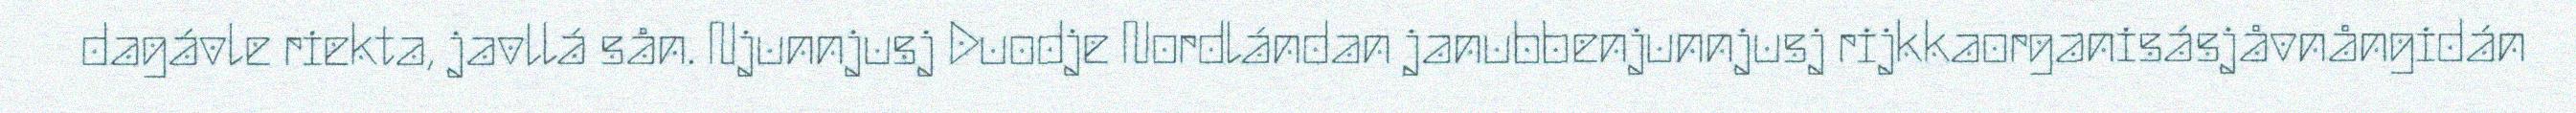
dagávle riekta, javllá sån. Njunnjusj Duodje Nordlándan janubbenjunnjusj rijkkaorganisásjåvnångidán